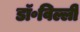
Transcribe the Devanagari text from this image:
डॉ॰विल्ली